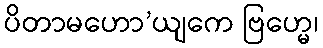
ပိတာမဟော’ယျကေ ဗြဟ္မေ၊